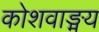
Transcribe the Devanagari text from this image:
कोशवाङ्मय